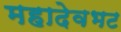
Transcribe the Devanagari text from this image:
महादेवभट